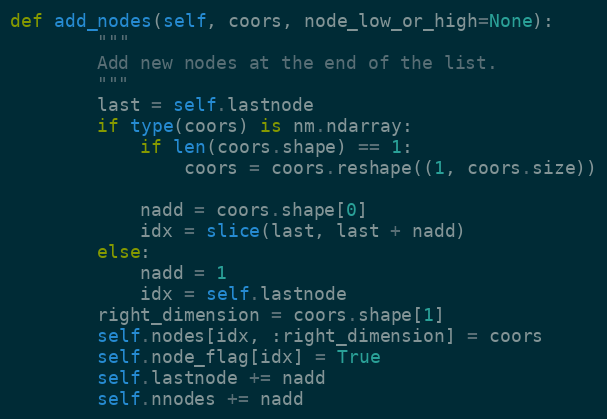
Language: Python
def add_nodes(self, coors, node_low_or_high=None):
        """
        Add new nodes at the end of the list.
        """
        last = self.lastnode
        if type(coors) is nm.ndarray:
            if len(coors.shape) == 1:
                coors = coors.reshape((1, coors.size))

            nadd = coors.shape[0]
            idx = slice(last, last + nadd)
        else:
            nadd = 1
            idx = self.lastnode
        right_dimension = coors.shape[1]
        self.nodes[idx, :right_dimension] = coors
        self.node_flag[idx] = True
        self.lastnode += nadd
        self.nnodes += nadd